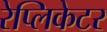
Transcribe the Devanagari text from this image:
रेप्लिकेटर